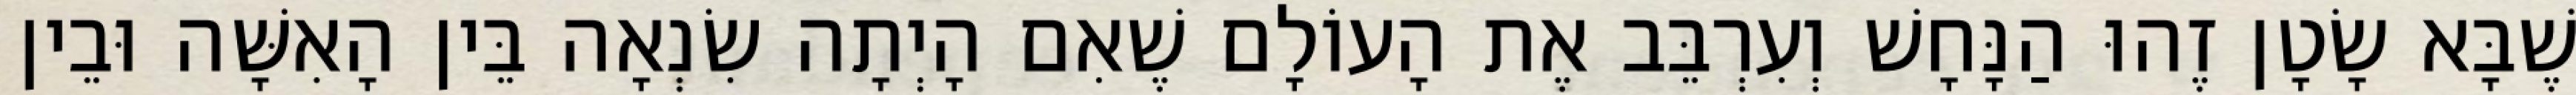
שֶׁבָּא שָׂטָן זֶהוּ הַנָּחָשׁ וְעִרְבֵּב אֶת הָעוֹלָם שֶׁאִם הָיְתָה שִׂנְאָה בֵּין הָאִשָּׁה וּבֵין